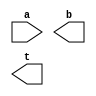
////////////////////////////////////////////////////////////////////////////////
//
//       This confidential and proprietary software may be used only
//     as authorized by a licensing agreement from Synopsys Inc.
//     In the event of publication, the following notice is applicable:
//
//                    (C) COPYRIGHT 2004 - 2023 SYNOPSYS INC.
//                           ALL RIGHTS RESERVED
//
//       The entire notice above must be reproduced on all authorized
//     copies.
//
//
// VERSION:   Simulation Architecture
//
// DesignWare_version: 3530392d
// DesignWare_release: U-2022.12-DWBB_202212.5
//
////////////////////////////////////////////////////////////////////////////////
//-------------------------------------------------------------------------------
//
// ABSTRACT: Inverse square-root B=(A)^{-1/2}
//           Computes the reciprocal of the square-root of A using a
//           digit recurrence algorithm. The recurrence equation is
//           W[j+1]=2W[j]-(2P[j]+A2^{-j-1})q_{j+1}
//           where P[j+1]=P[j]+Aq_{j+1}2^{-j-1}, and q_j is a bit.
//           The output is composed by the q_j bits as:
//                B=1.q_1q_2q_3....q_n
//           Input A must be in the range 1/4 < A < 1
//           Output B is in the range 1 < B < 2,  and t is the sticky bit
//           The prec_control parameter defines the number of bits that must
//           be discarded from the extra_bits used internally
//
// MODIFIED:
//    RJK   02/05/2021  Added missing `undef of defined macro (STAR 3323379)
//
//           7/23/2015: Streamlined model
//           1/30/2007: Modified upper bound of prec_control and fixed problems
//                      when prec_control is not zero.
//           5/2010: allowed the use of negative prec_control and adjusted the 
//                   value of internal precision for some a_width values
//
//-------------------------------------------------------------------------------

module DW_inv_sqrt (a, b, t);
  parameter integer a_width=8;
  parameter integer prec_control=0;

  input [a_width-1:0] a;
   
  output [a_width-1:0] b;
  output t;

// synopsys translate_off
     
//-------------------------------------------------------------------------
// Parameter legality check
//-------------------------------------------------------------------------
    
 
  initial begin : parameter_check
    integer param_err_flg;

    param_err_flg = 0;
    
    
    if (a_width < 2) begin
      param_err_flg = 1;
      $display(
	"ERROR: %m :\n  Invalid value (%d) for parameter a_width (lower bound: 2)",
	a_width );
    end
    
    if ( (prec_control > (a_width-2)/2) ) begin
      param_err_flg = 1;
      $display(
	"ERROR: %m : Invalid value for parameter prec_control (upper bound: (a_width-2)/2)" );
    end
    
    if ( param_err_flg == 1) begin
      $display(
        "%m :\n  Simulation aborted due to invalid parameter value(s)");
      $finish;
    end

  end // parameter_check 
  

`define extra_bits (a_width/2 + ((a_width==7)?1+((prec_control<0)?-prec_control:0):((a_width > 21 && a_width < 36)?3+((prec_control<0)?-prec_control:0):((a_width >= 36)?a_width/4+((prec_control<0)?-prec_control:0):((prec_control<0)?-prec_control:0)))))

reg [a_width-1:0] b_var;
reg               t_var;

localparam [a_width-1+`extra_bits:0] zero_vector = 0;
localparam [`extra_bits-1:0] zero_extra_vector = 0;
 
  
  always @ (a) begin : mk_inv_sqrt_PROC
    reg [a_width+1+`extra_bits:0] w_array  [a_width:0];
    reg [a_width+1+`extra_bits:0] p_array  [a_width:0];
    reg [a_width+1+`extra_bits:0] p_array1 [a_width:0];
    reg [a_width+1+`extra_bits:0] p_array2 [a_width:0];
    reg [a_width+1+`extra_bits:0] x_array  [a_width:0];
    reg [a_width+2+`extra_bits:0] wtemp;
    integer index;
    integer lsbits_deleted;

    w_array[0] = ({2'b01,zero_vector} - {2'b00,a,zero_extra_vector});
    p_array[0] = {2'b00,a,zero_extra_vector};
    x_array[0] = {2'b00,a,zero_extra_vector};
    b_var[a_width-1] = 1'b1;

    if (prec_control > 0)
      lsbits_deleted = prec_control;
    else
      lsbits_deleted = 0;
    
    for (index = 0; index < a_width-1; index=index+1)
      begin
	x_array[index+1] =  ( x_array[index] >> (1+lsbits_deleted) ) << lsbits_deleted;
	p_array1[index] = (((p_array[index] << 1) + x_array[index+1])>>lsbits_deleted) << lsbits_deleted;
	p_array2[index] = ((p_array[index] + x_array[index+1]) >> lsbits_deleted) << lsbits_deleted;
	wtemp = {w_array[index],1'b0} - {1'b0,p_array1[index]};
	b_var[a_width-index-2] = ~(wtemp[a_width+2+`extra_bits]);  
	if (wtemp[a_width+2+`extra_bits] == 1'b0)
	 begin
	  w_array[index+1] = wtemp;
	  p_array[index+1] = p_array2[index];
	 end
	else
	 begin
	  w_array[index+1] = w_array[index] << 1;
	  p_array[index+1] = p_array[index];
	 end
      end

    t_var = |w_array[a_width-1];
  end

// assign values to the output
assign b = ((^(a ^ a) !== 1'b0)) ? {a_width{1'bx}} : b_var;
assign t = ((^(a ^ a) !== 1'b0)) ? 1'bx : t_var;

`undef extra_bits

 // synopsys translate_on

endmodule